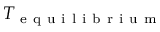
T _ { \mathrm { ~ e ~ q ~ u ~ i ~ l ~ i ~ b ~ r ~ i ~ u ~ m ~ } }